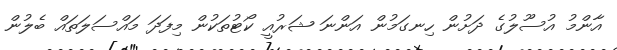
އާންމު އުސޫލުގެ ދަށުން ހިނގަމުން އަންނަ ޝަރުއީ ކޯޓުތަކުން މިފަދަ މައްސަލަތައް ބެލުން